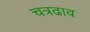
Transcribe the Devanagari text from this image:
चत्रढाव